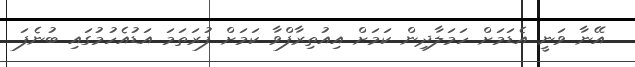
އޭނާ ވަނީ އެޑަމަށް ހަމަލާދިން ކަމަށް އިއުތިރާފްވާ ކަމަށް ފުރަތަމަ އަޑުއެހުމުގައި ބުނެފަ